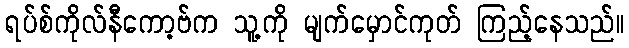
ရပ်စ်ကိုလ်နီကော့ဗ်က သူ့ကို မျက်မှောင်ကုတ် ကြည့်နေသည်။